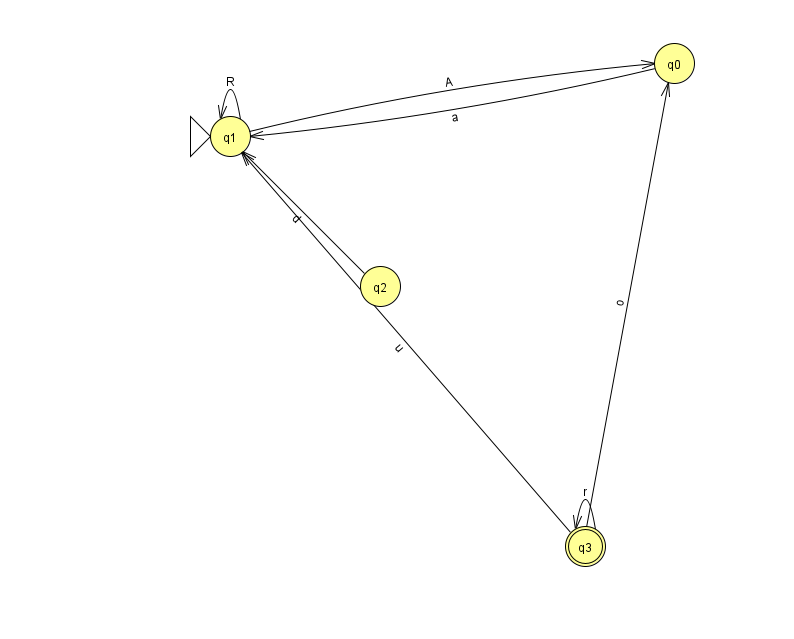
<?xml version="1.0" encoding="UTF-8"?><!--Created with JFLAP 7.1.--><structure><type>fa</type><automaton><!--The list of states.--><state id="0" name="q0"><x>674.0</x><y>50.0</y></state><state id="1" name="q1"><x>230.0</x><y>123.0</y><initial/></state><state id="2" name="q2"><x>380.0</x><y>273.0</y></state><state id="3" name="q3"><x>585.0</x><y>533.0</y><final/></state><!--The list of transitions.--><transition><from>1</from><to>1</to><read>R</read></transition><transition><from>3</from><to>3</to><read>r</read></transition><transition><from>2</from><to>1</to><read>d</read></transition><transition><from>3</from><to>1</to><read>u</read></transition><transition><from>3</from><to>0</to><read>o</read></transition><transition><from>0</from><to>1</to><read>a</read></transition><transition><from>1</from><to>0</to><read>A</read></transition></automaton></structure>